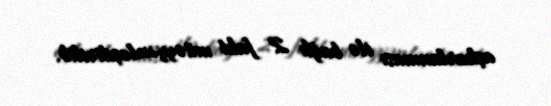
aşkarlanması ilə bağlı 2 fakt müəyyənləşdirilib.